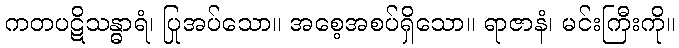
ကတပဋိသန္ဓာရံ၊ ပြုအပ်သော။ အစေ့အစပ်ရှိသော။ ရာဇာနံ၊ မင်းကြီးကို။